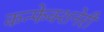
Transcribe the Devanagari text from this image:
कन्फेक्शनेरी